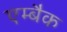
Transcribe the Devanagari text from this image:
एम्बैक